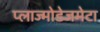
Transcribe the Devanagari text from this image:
प्लाज्मोडेजमेटा